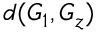
d ( G _ { 1 } , G _ { z } )